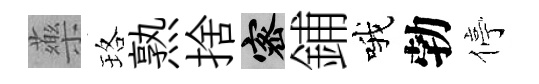
藥珞熟捨密鋪哦勃停